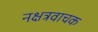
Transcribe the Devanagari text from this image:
नक्षत्रवाचक